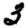
Digit: 3